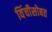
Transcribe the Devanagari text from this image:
विंचीसोबत